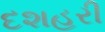
દશહરી